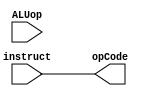
module ALUcontrol(
input [1:0] ALUop,
input [1:0] instruct,
output reg [1:0] opCode
    );
always @(*)
//if ALUOP is 0 => take the instruction number
//else what the opcode wants it to do
    opCode = instruct[1:0];
endmodule